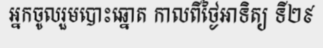
អ្នកចូលរួមបោះឆ្នោត កាលពីថ្ងៃអាទិត្យ ទី២៩